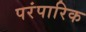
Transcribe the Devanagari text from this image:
परंपारिक